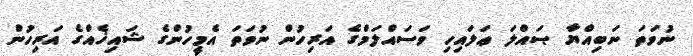
ނުވަތަ ނަބިއްޔާ ޞައްލަ ޢަލައިހި ވަސައްލަމްގެ އަރިހުން ނުވަތަ އެމީހުންގެ ޝައިޚެއްގެ އަރިހުން